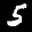
Label: 5